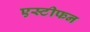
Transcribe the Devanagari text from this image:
एस्टीफन